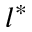
l ^ { \ast }